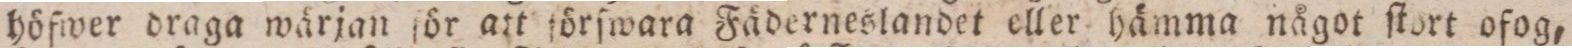
höfwer draga wärjan för att förſwara Fäderneslandet eller hämma något ſtort ofog,